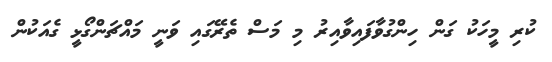
ކުރި މީހަކު ގަން ހިންގުވާފައިވާއިރު މި މަސް ތެރޭގައި ވަނީ މައްޗަންގޯޅީ ގެއަކުން